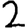
Digit: 2